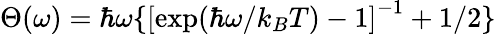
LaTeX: \Theta(\omega)=\hbar\omega\{ \left[\mathrm{exp}(\hbar\omega/k_{B}T)-1\right]^{-1}+1/2\}